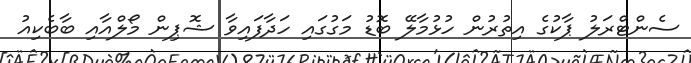
ސެންޓްރަލު ޕާކުގެ އިތުރުން ހުޅުމާލޭ ބޮޑު މަގުގައި ހަދާފައިވާ ޝޮޕިން މޯލްއާއި ބާބެކިއު